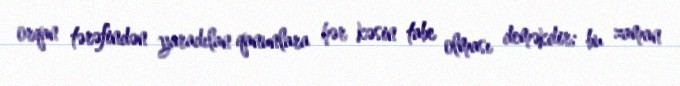
orqan tərəfindən yaradılan qanunlara hər kəsin tabe olması deməkdir; bu zaman